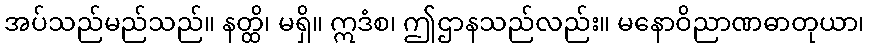
အပ်သည်မည်သည်။ နတ္ထိ၊ မရှိ။ ဣဒံစ၊ ဤဌာနသည်လည်း။ မနောဝိညာဏဓာတုယာ၊